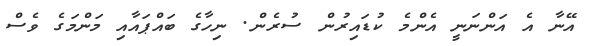
އޭނާ އެ އަންނަނީ އެންމެ ކުޑައިރުން ސުރެން. ނިހާގެ ބައްޕައާއި މަންމަގެ ވެސް